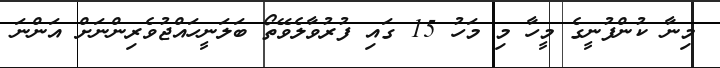
މިނާ ކުންފުނީގެ މީހާ މި މަހު 15 ގައި ފުރުވާލެވޭތޯ ބަލަނީހައްޖުވެރިންނަށް އަންނަ